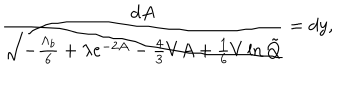
\frac { d A } { \sqrt { - \frac { \Lambda _ { b } } { 6 } + \lambda e ^ { - 2 A } - \frac 4 3 V A + \frac 1 6 V \ln \tilde { Q } } } = d y ,